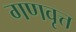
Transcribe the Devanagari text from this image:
गणवृत्त